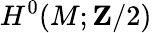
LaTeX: H^{0}(M;\mathbf{Z}/2)